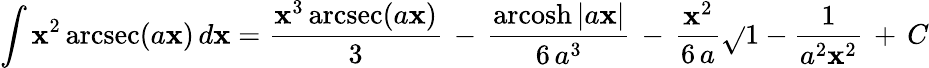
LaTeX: \int\mathbf{x}^{2}\operatorname{arcsec}(a\mathbf{x})\, d\mathbf{x}={\frac{{\mathbf{x}^{3}\operatorname{arcsec}(a\mathbf{x})}}{{3}}}\, -\, {\frac{{\operatorname{arcosh}|a\mathbf{x}|}}{{6\, a^{3}}}}\, -\, {\frac{{\mathbf{x}^{2}}}{{6\, a}}}{\sqrt{}{{1-{\frac{{1}}{{a^{2}\mathbf{x}^{2}}}}}}}\, +\, C